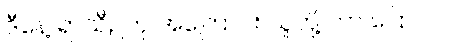
ဒီနေ့ ရာသီဥတု အကြောင်း သူတို့ ဘာ ပြောလဲ။